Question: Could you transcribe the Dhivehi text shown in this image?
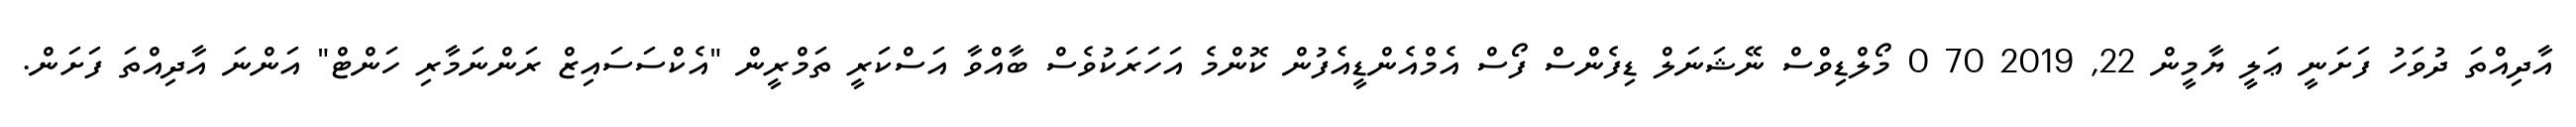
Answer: އާދިއްތަ ދުވަހު ފަށަނީ ޢަލީ ޔާމީން 22, 2019 70 0 މޯލްޑިވްސް ނޭޝަނަލް ޑިފެންސް ފޯސް އެމްއެންޑީއެފުން ކޮންމެ އަހަރަކުވެސް ބާއްވާ އަސްކަރީ ތަމްރީން "އެކްސަސައިޒް ރަންނަމާރި ހަންޓް" އަންނަ އާދިއްތަ ފަށަން.